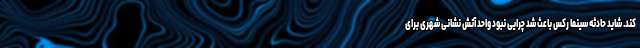
کند. شاید حادثه سینما رکس باعث شد چرایی نبود واحد آتش نشانی شهری برای